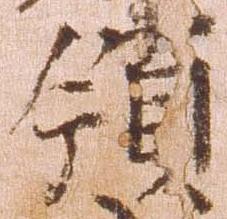
領